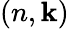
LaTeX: (n,\mathbf{k})